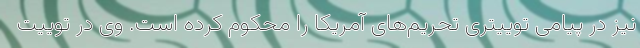
نیز در پیامی توییتری تحریم‌های آمریکا را محکوم کرده است. وی در توییت